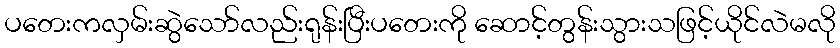
ပတေးကလှမ်းဆွဲသော်လည်းရုန်းပြီးပတေးကို ဆောင့်တွန်းသွားသဖြင့်ယိုင်လဲမလို